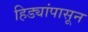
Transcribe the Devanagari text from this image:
हिड्यांपासून